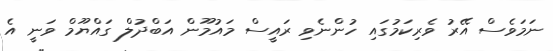
ނަމަވެސް އޭރު ވެރިކަމުގައި ހުންނެވި ރައީސް މައުމޫން އަބްދުލް ގައްޔޫމް ވަނީ އެ